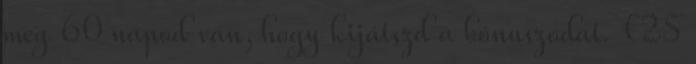
meg 60 napod van, hogy kijátszd a bónuszodat. €25